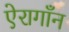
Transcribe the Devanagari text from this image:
ऐरागाँन